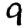
Digit: 9